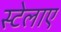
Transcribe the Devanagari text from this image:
स्टेलाए